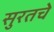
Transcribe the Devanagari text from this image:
सुरतचे